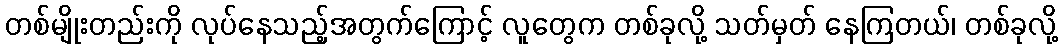
တစ်မျိုးတည်းကို လုပ်နေသည့်အတွက်ကြောင့် လူတွေက တစ်ခုလို့ သတ်မှတ် နေကြတယ်၊ တစ်ခုလို့